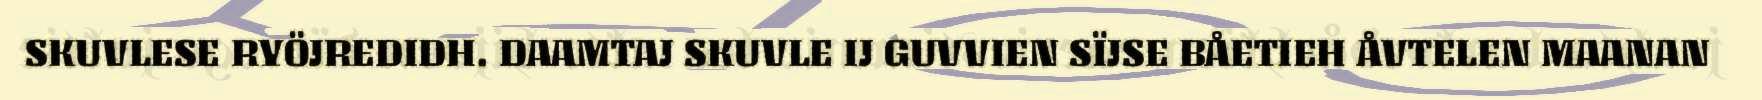
SKUVLESE RYÖJREDIDH. DAAMTAJ SKUVLE IJ GUVVIEN SÏJSE BÅETIEH ÅVTELEN MAANAN